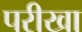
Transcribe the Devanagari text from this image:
परीखा